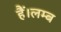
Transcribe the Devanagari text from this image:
हैं।लम्ब